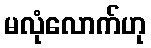
မလုံလောက်ဟု